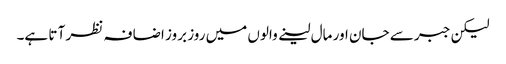
لیکن جبر سے جان اور مال لینے والوں میں روز بروز اضا فہ نظر آ تا ہے۔